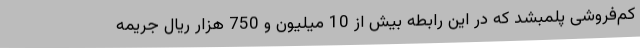
کم‌فروشی پلمبشد که در این رابطه بیش از 10 میلیون و 750 هزار ریال جریمه